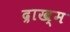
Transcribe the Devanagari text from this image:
द्राख्म